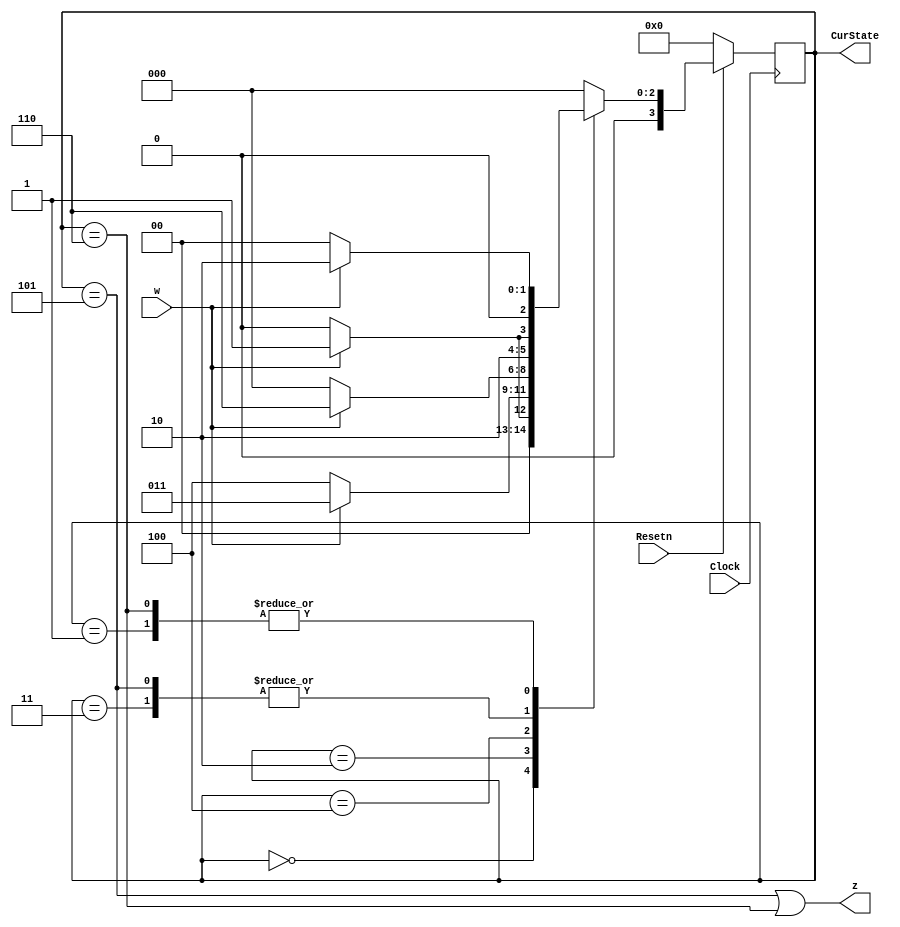


module part1(Clock, Resetn, w, z, CurState);
   input Clock;
   input Resetn;
   input w;
   output z;
   output [3:0] CurState;

    reg [3:0] y_Q, Y_D; // y_Q represents current state, Y_D represents next state
    
    localparam A = 4'b0000, B = 4'b0001, C = 4'b0010, D = 4'b0011, E = 4'b0100, F = 4'b0101, G = 4'b0110;
    
    
    always@(*)
    begin: state_table
        case (y_Q)
            A: begin
                   if (!w) Y_D = A;
                   else Y_D = B;
               end
            B: begin
                   if(!w) Y_D = A;
                   else Y_D = C;
               end
            C: begin
                   if(!w) Y_D = E;
                   else Y_D = D;
               end
            D: begin
                   if(!w) Y_D = E;
                   else Y_D = F;
               end
            E: begin
                   if(!w) Y_D = A;
                   else Y_D = G;
               end
            F: begin
                   if(!w) Y_D = E;
                   else Y_D = F;
               end
            G: begin
                   if(!w) Y_D = A;
                   else Y_D = C;
               end
            default: Y_D = A;
        endcase
    end // state_table
    
    // State Registers
    always @(posedge Clock)
    begin: state_FFs
        if(Resetn == 1'b0)
            y_Q <=  A; 
        else
            y_Q <= Y_D;
    end // state_FFS

    assign z = ((y_Q == F) | (y_Q == G));
    assign CurState = y_Q;
endmodule